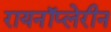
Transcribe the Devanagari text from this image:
रायनॉप्लेरीन